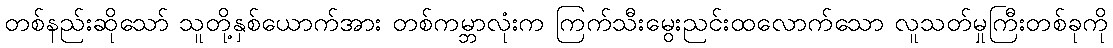
တစ်နည်းဆိုသော် သူတို့နှစ်ယောက်အား တစ်ကမ္ဘာလုံးက ကြက်သီးမွေးညင်းထလောက်သော လူသတ်မှုကြီးတစ်ခုကို